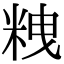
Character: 𥹞